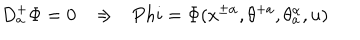
D _ { a } ^ { + } \Phi = 0 \ \ \ \Rightarrow \ \ \, P h i = \Phi ( x ^ { \pm \alpha } , \theta ^ { + a } , \theta _ { a } ^ { \alpha } , u )